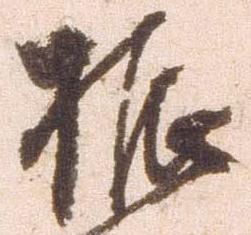
振